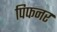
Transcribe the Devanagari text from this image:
पिफनर